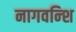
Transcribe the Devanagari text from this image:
नागवन्शि